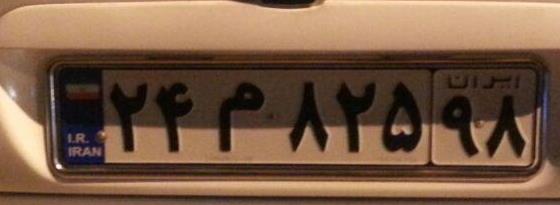
۲۴م۸۲۵۹۸